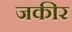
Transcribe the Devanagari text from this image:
जकीर